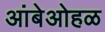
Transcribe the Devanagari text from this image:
आंबेओहळ